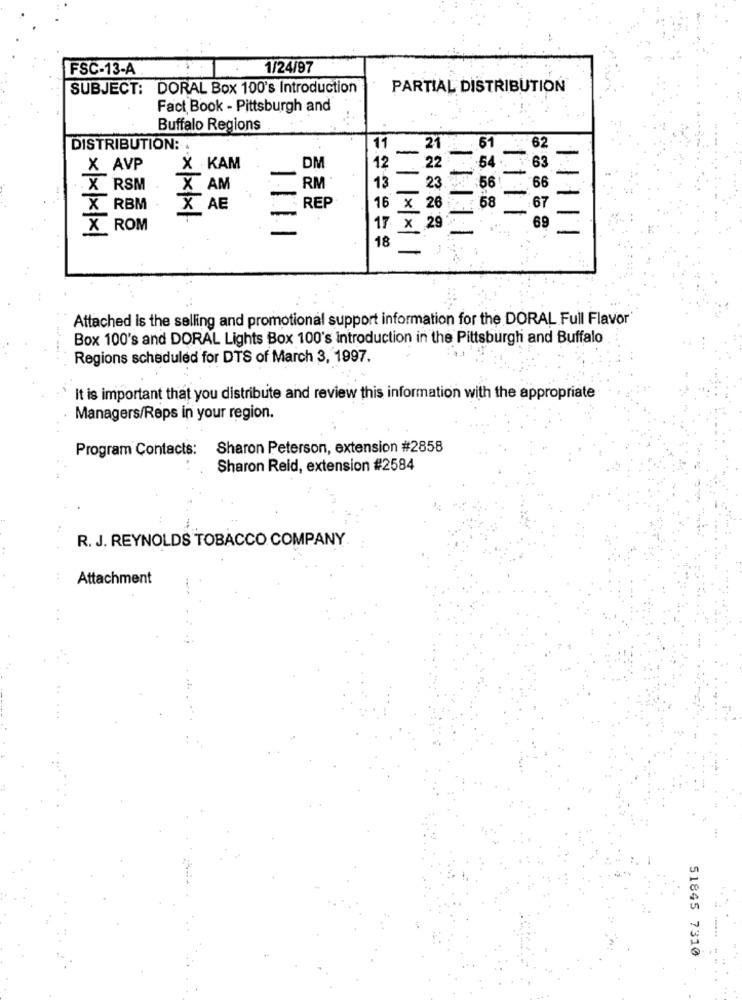
FSC-13-A
1/24/97
SUBJECT: DORAL Box 100's Introduction
PARTIAL DISTRIBUTION
Fact Book - Pittsburgh and
Buffalo Regions
11
DISTRIBUTION:
21
61
62
12
22
X AVP
X KAM
OM
.63
23
X RSM
X AM
RM
13
56
66
58
X RBM
X AE
REP
16 x 26
67
1111
X ROM
17 X
29
69
18
Attached is the selling and promotional support information for the DORAL Full Flavor
Box 100's and DORAL Lights Box 100's introduction in the Pittsburgh and Buffalo
Regions scheduled for DTS of March 3, 1997.
It is important that you distribute and review this information with the appropriate
Managers/Reps in your region.
Program Contacts: Sharon Peterson, extension #2858
Sharon Reid, extension #2584
R. J. REYNOLDS TOBACCO COMPANY
Attachment
51845 7310